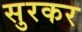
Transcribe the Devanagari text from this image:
सुरकर